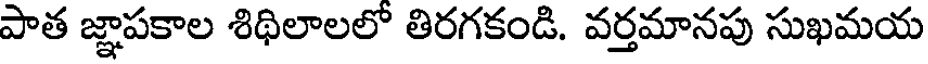
పాత జ్ఞాపకాల శిథిలాలలో తిరగకండి. వర్తమానపు సుఖమయ